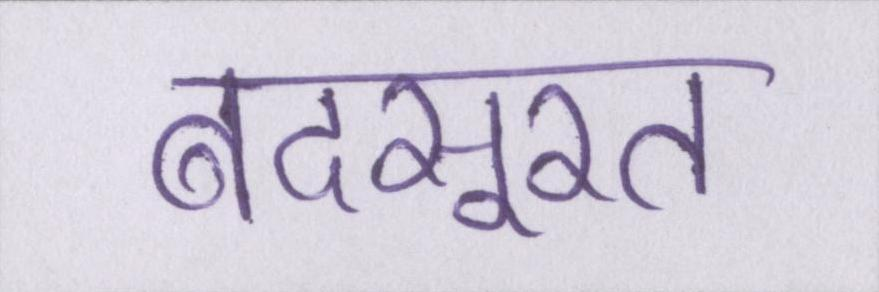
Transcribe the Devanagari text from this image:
बदसूरत